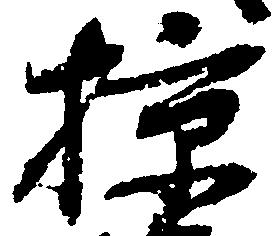
掠